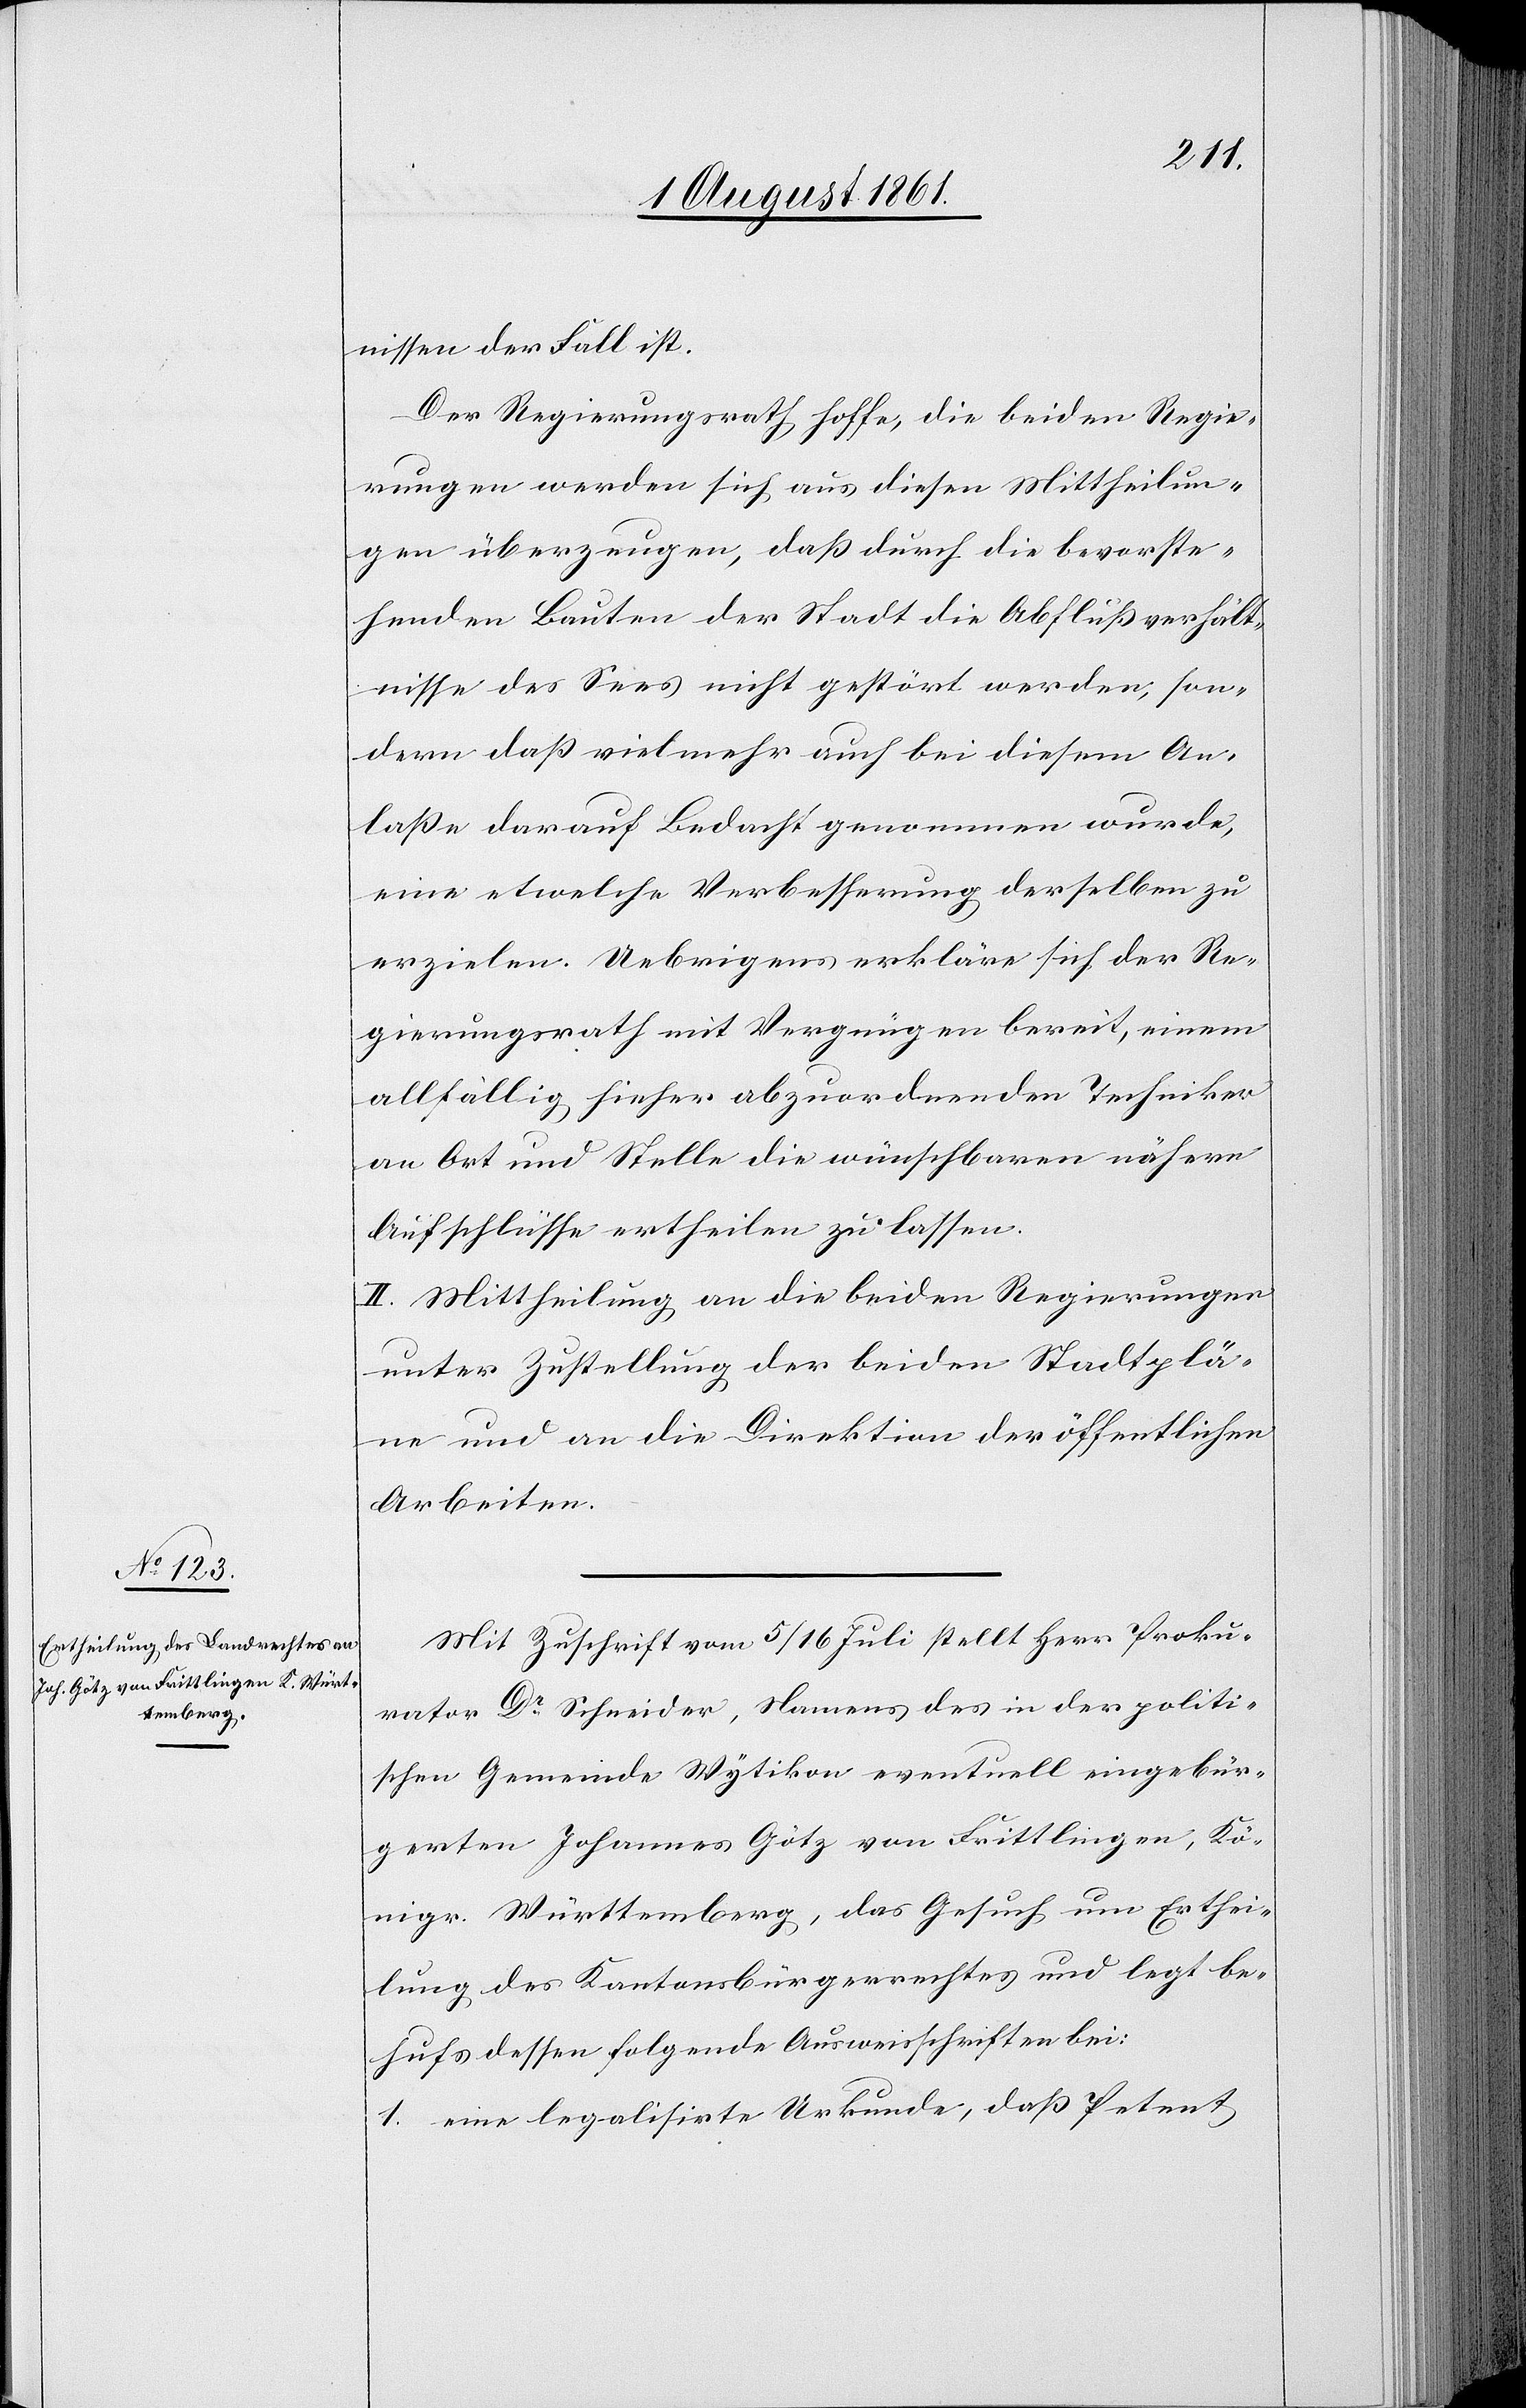
nissen der Fall ist.
Der Regierungsrath hoffe, die beiden Regie¬
rungen werden sich aus diesen Mittheilun¬
gen überzeugen, daß durch die bevorste¬
henden Bauten der Stadt die Abflußverhält¬
nisse des Sees nicht gestört werden, son¬
dern daß vielmehr auch bei diesem An¬
laße darauf Bedacht genommen wurde,
eine etwelche Verbesserung derselben zu
erzielen. Uebrigens erkläre sich der Re¬
gierungsrath mit Vergnügen bereit, einem
allfällig hieher abzuordnenden Techniker
an Ort und Stelle die wünschbaren nähern
Aufschlüsse ertheilen zu lassen.
II. Mittheilung an die beiden Regierungen
unter Zustellung der beiden Stadtplä¬
ne und an die Direktion der öffentlichen
Arbeiten.
Mit Zuschrift vom 5/16 Juli stellt Herr Proku¬
rator Dr Schneider, Namens des in der politi¬
schen Gemeinde Wytikon eventuell eingebür¬
gerten Johannes Götz von Frittlingen, Kö¬
nigr. Württemberg, das Gesuch um Erthei¬
lung des Kantonsbürgerrechtes und legt be¬
hufs dessen folgende Ausweisschriften bei:
1. eine legalisirte Urkunde, daß Petent